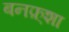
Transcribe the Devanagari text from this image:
बनफ़्शा